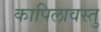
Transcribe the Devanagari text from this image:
कापिलावस्तु